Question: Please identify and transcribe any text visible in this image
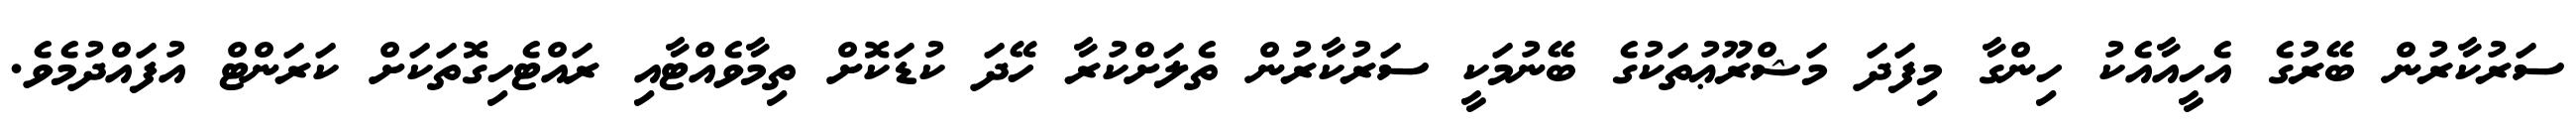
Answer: ސަރުކާރުން ބޭރުގެ އެހީއާއެކު ހިންގާ މިފަދަ މަޝްރޫޢުތަކުގެ ބޭނުމަކީ ސަރުކާރުން ތެލަށްކުރާ ހޭދަ ކުޑަކޮށް ތިމާވެއްޓާއި ރައްޓެހިގޮތަކަށް ކަރަންޓް އުފައްދުމެވެ.